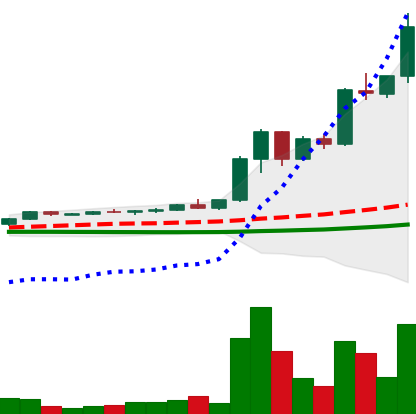
Ticker: XRP-USD
Chart end date: 2021-04-13
Forward return: -21.628%
Label: down_7plus